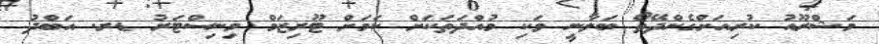
މަޝްރޫއު ކުރިއަށްގެންދޭތޯ ބަލާނީ ވަކި މުއްދަތަކަށް ކަމަށް ޓޫރިޒަމް މިނިސްޓަރު ޑރ. އަބްދު